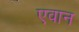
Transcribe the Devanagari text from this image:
एवान